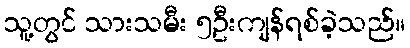
သူ့တွင် သားသမီး ၅ဦးကျန်ရစ်ခဲ့သည်။